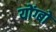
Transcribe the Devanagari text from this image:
योंग्बो